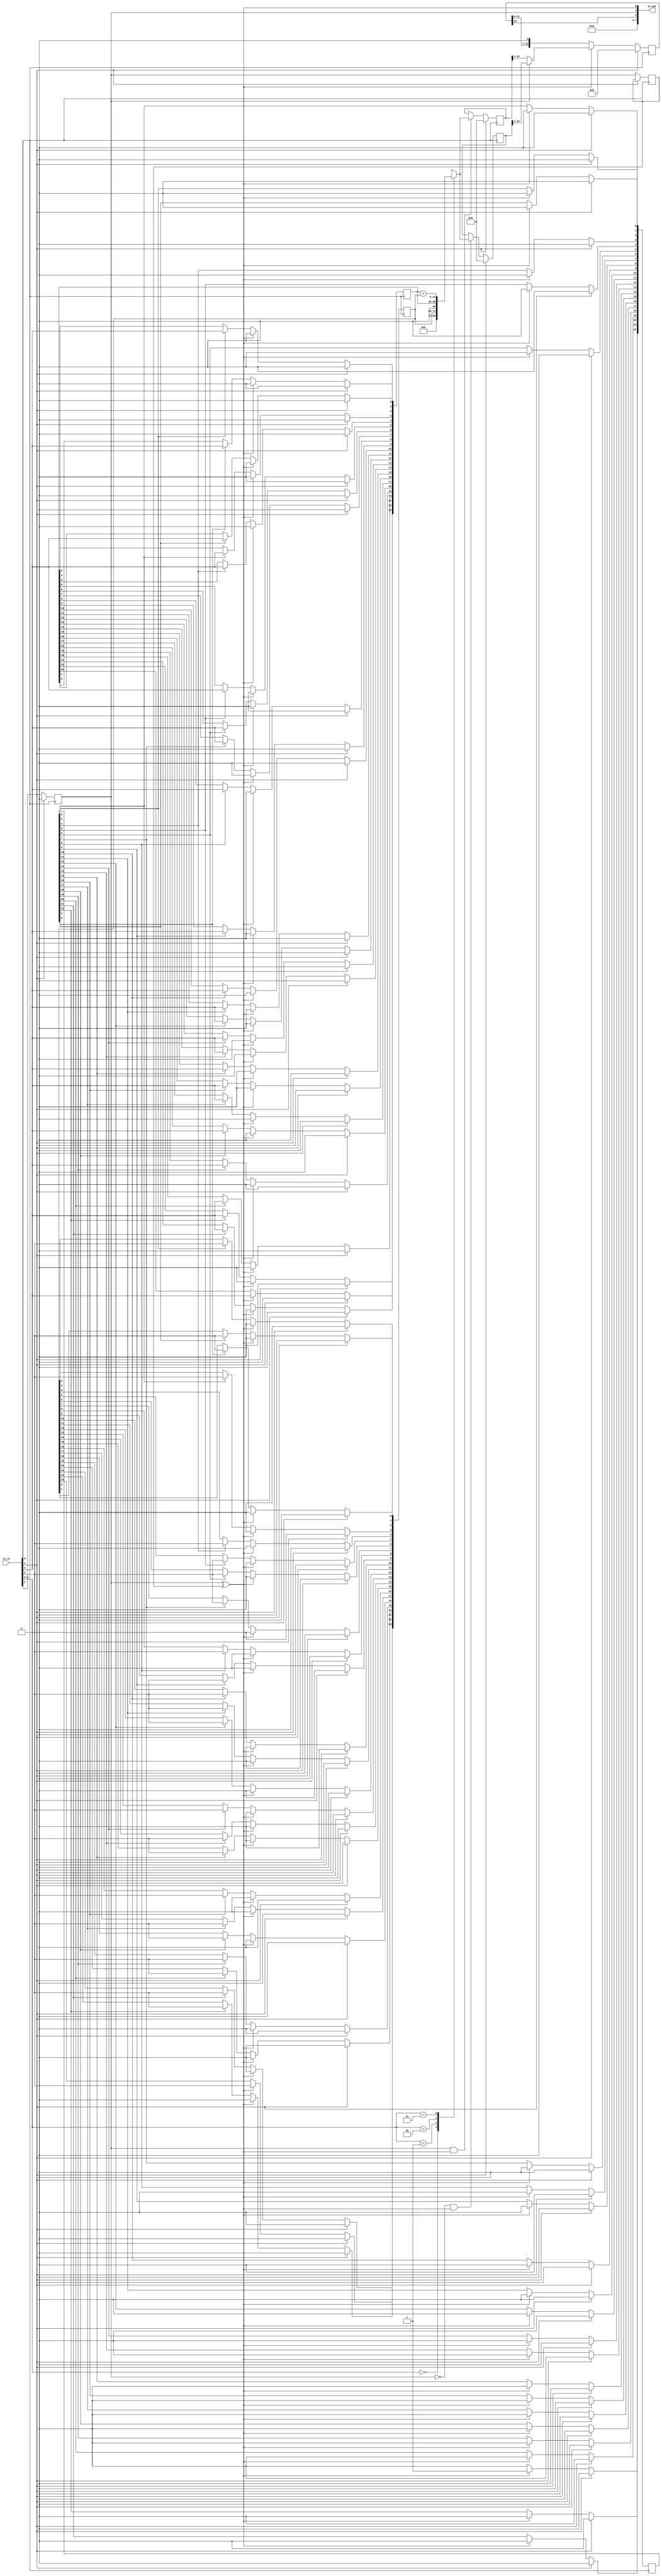
module clemensnasenberg_top  #(
    parameter WIDTH=24,
    parameter CTRL_WIDTH=23
) (  
    input [7:0] io_in,
    output [7:0] io_out
);
    wire sck = io_in[0];
    wire reset = io_in[1];
    wire ws = io_in[2];
    wire sd_ch1 = io_in[3];
    wire sd_ch2 = io_in[4];
    wire [1:0] channel_sel = io_in[6:5];
    wire sd_out;
    assign io_out[7:0] = {5'b0, sd_out, wsd, wsp}; 

    reg wsd;
    reg wsd_reg;
    wire wsp;

    reg [WIDTH:0] data_left_add;
    reg [WIDTH:0] data_right_add;
    reg [WIDTH-1:0] data_ch1;
    reg [WIDTH-1:0] data_ch2;
    reg [CTRL_WIDTH-1:0] control_reg;
    integer i;

    assign wsp = wsd ^ wsd_reg;

    //I2S receiver of 2 Channels (2xLR)
    always @ (posedge sck) begin
        if (reset == 1'b1) begin
            wsd <= 1'b0;
            wsd <= 1'b0;
            data_ch1 <= 'b0;
            data_ch2 <= 'b0;
            control_reg <= 'b0;
        end else begin
            if (wsp == 1'b1) begin
                control_reg[CTRL_WIDTH-2:0] <= 'b0;
                control_reg[CTRL_WIDTH-1] <= 1'b1;
                data_ch1[WIDTH-2:0] <= 'b0;
                data_ch1[WIDTH-1] <= sd_ch1;
                data_ch2[WIDTH-2:0] <= 'b0;
                data_ch2[WIDTH-1] <= sd_ch2;
            end else begin
                control_reg[CTRL_WIDTH-1] <= 1'b0;
                for (i = 1; i < CTRL_WIDTH; i = i+1) begin
                    control_reg[CTRL_WIDTH-1-i] <= control_reg[CTRL_WIDTH-i];
                end
                for (i = 0; i <= CTRL_WIDTH; i = i+1) begin
                    if (control_reg[CTRL_WIDTH-i] == 1'b1) begin        
                        data_ch1[WIDTH-1-i] <= sd_ch1;
                        data_ch2[WIDTH-1-i] <= sd_ch2;
                    end
                end
            end
    
            wsd <= ws;
            wsd_reg <= wsd;
        end
    end

    //Add the received data according to channel_sel
    always @ (posedge sck) begin
        if (reset == 1'b1) begin
            data_right_add <= 'b0;
            data_left_add <= 'b0;
        end else begin
            if (wsd & wsp) begin
                case (channel_sel) 
                    2'b00 : begin 
                        data_left_add <= 33'b0;
                    end
                    2'b01 : begin 
                        data_left_add <= data_ch1;
                    end
                    2'b10 : begin 
                        data_left_add <= data_ch2;
                    end
                    2'b11 : begin 
                        data_left_add <= data_ch2 + data_ch1;
                    end
                endcase
            end 
            if (!wsd & wsp) begin
                case (channel_sel) 
                    2'b00 : begin 
                        data_right_add <= 33'b0;
                    end
                    2'b01 : begin 
                        data_right_add <= data_ch1;
                    end
                    2'b10 : begin 
                        data_right_add <= data_ch2;
                    end
                    2'b11 : begin 
                        data_right_add <= data_ch2 + data_ch1;
                    end
                endcase
            end
        end
    end

    //I2S Transmitter of manipulated data

    reg [WIDTH-1:0] data_shift;
    wire [WIDTH:0] add_left_channel;
    wire [WIDTH:0] add_right_channel;

    assign sd_out = data_shift[WIDTH-1];

    always @ (negedge sck) begin
        if (reset == 1'b1) begin
            data_shift <= 'b0;
        end else begin
            if (wsp == 1'b1) begin
                if (wsd == 1'b1) begin
                    data_shift <= data_right_add >> 1;
                end else begin
                    data_shift <= data_left_add >> 1;
                end
            end else begin
                data_shift <= {data_shift[WIDTH-2:0], 1'b0};
            end
        end
    end
endmodule